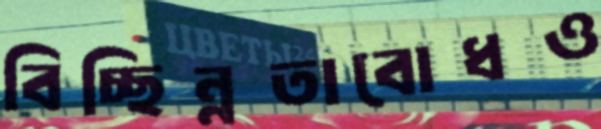
বিচ্ছিন্নতাবোধও